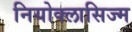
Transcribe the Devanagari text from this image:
नियोक्लासिज्म